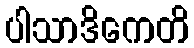
ပါသာဒိကေတိ